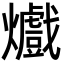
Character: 㸍